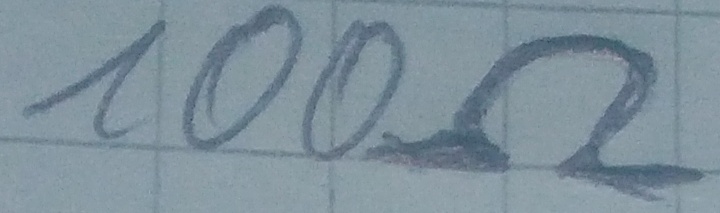
Text: 100Ω